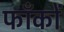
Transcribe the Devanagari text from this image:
फाँकों